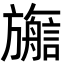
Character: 𬀜